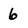
Character: 6